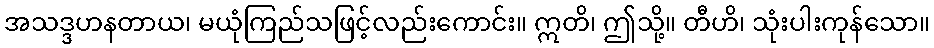
အသဒ္ဒဟနတာယ၊ မယုံကြည်သဖြင့်လည်းကောင်း။ ဣတိ၊ ဤသို့။ တီဟိ၊ သုံးပါးကုန်သော။